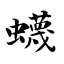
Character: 蠛